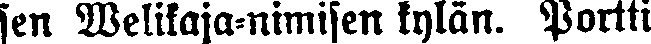
jen Velikaja-nimisen kylän. Portti